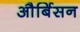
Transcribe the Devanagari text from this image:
और्बिसन